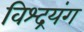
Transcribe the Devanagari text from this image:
विश्द्रयंग